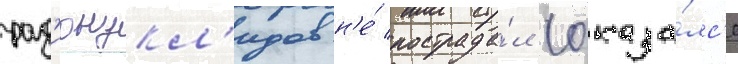
рад'ионукл'идов н'е́ пострада́л (оказа́лс'я